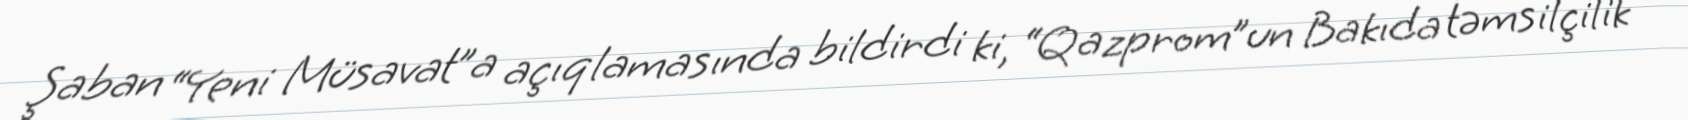
Şaban “Yeni Müsavat”a açıqlamasında bildirdi ki, “Qazprom”un Bakıda təmsilçilik